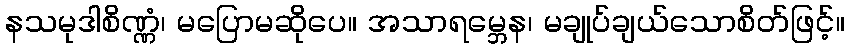
နသမုဒါစိဏ္ဏံ၊ မပြောမဆိုပေ။ အသာရမ္ဘေန၊ မချုပ်ချယ်သောစိတ်ဖြင့်။